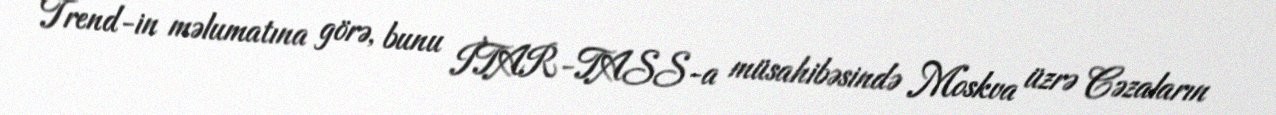
Trend-in məlumatına görə, bunu İTAR-TASS-a müsahibəsində Moskva üzrə Cəzaların